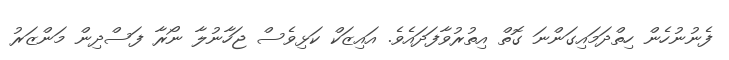
ފެނުނުހެން ހިތްދަމައިގަންނަ ގޮތް އިތުރުވާފަދައެވެ. އައިޒަކް ކަޅިވެސް ޖަހާނުލާ ނޯރާ ފަސްދިން މަންޒަރު